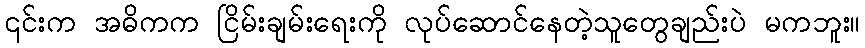
၎င်းက အဓိကက ငြိမ်းချမ်းရေးကို လုပ်ဆောင်နေတဲ့သူတွေချည်းပဲ မကဘူး။